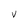
Character: V